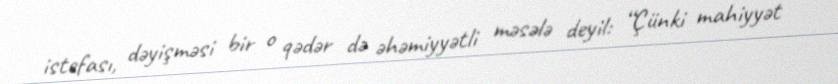
istefası, dəyişməsi bir o qədər də əhəmiyyətli məsələ deyil: “Çünki mahiyyət